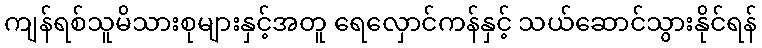
ကျန်ရစ်သူမိသားစုများနှင့်အတူ ရေလှောင်ကန်နှင့် သယ်ဆောင်သွားနိုင်ရန်